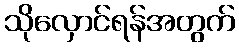
သိုလှောင်ရန်အတွက်